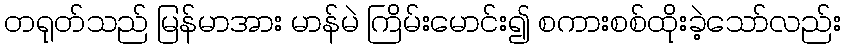
တရုတ်သည် မြန်မာအား မာန်မဲ ကြိမ်းမောင်း၍ စကားစစ်ထိုးခဲ့သော်လည်း